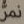
نمر